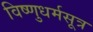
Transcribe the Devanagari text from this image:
विष्णुधर्मसूत्र